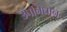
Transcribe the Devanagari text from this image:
उपनिधान